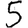
Digit: 5